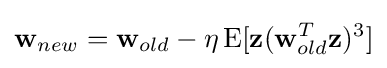
\mathbf {w} _{new}=\mathbf {w} _{old}-\eta \operatorname {E} [\mathbf {z} (\mathbf {w} _{old}^{T}\mathbf {z} )^{3}]